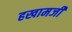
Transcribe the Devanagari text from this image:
हखामजी